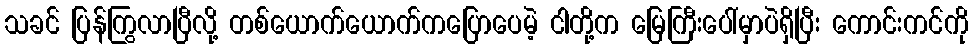
သခင် ပြန်ကြွလာပြီလို့ တစ်ယောက်ယောက်ကပြောပေမဲ့ ငါတို့က မြေကြီးပေါ်မှာပဲရှိပြီး ကောင်းကင်ကို